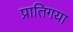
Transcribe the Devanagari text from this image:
प्रातिगया